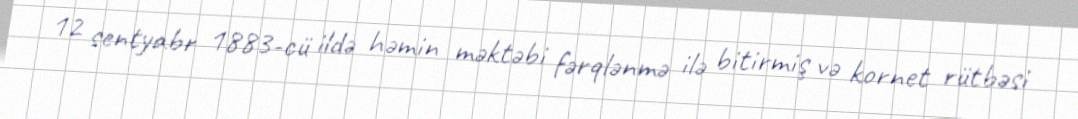
12 sentyabr 1883-cü ildə həmin məktəbi fərqlənmə ilə bitirmiş və kornet rütbəsi